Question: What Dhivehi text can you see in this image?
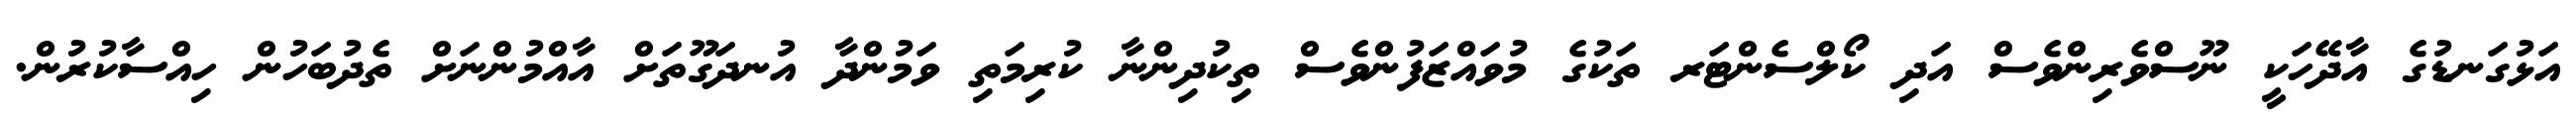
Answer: އަޅުގަނޑުގެ އާދޭހަކީ ނޫސްވެރިންވެސް އަދި ކޯލްސެންޓަރ ތަކުގެ މުވައްޒަފުންވެސް ތިކުދިންނާ ކުރިމަތި ވަމުންދާ އުނދަގޫތަށް އާއްމުންނަށް ތެދުބަހުން ހިއްސާކުރުން.